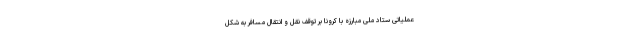
عملیاتی ستاد ملی مبارزه با کرونا بر توقف نقل و انتقال مسافر به شکل